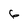
Character: 6